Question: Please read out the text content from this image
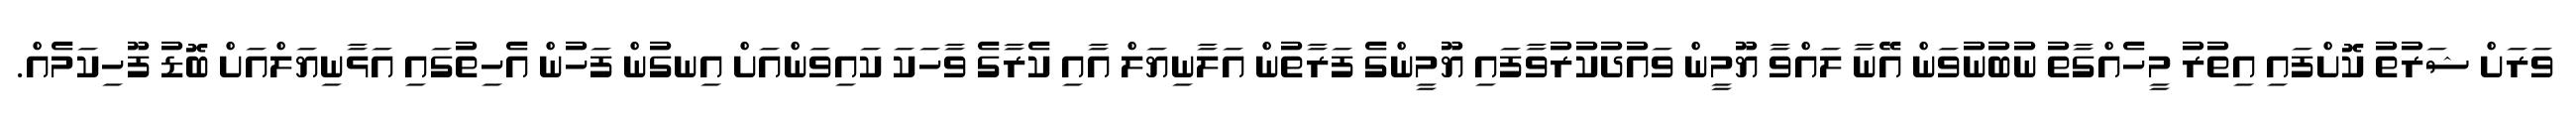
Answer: ވަރަށް ޝަރުތު ކޮށްފައި އިތުރު މީހެއްގާތު ނުބުނުވަން އޭނާ ލައްވާ ޔޫމީން ވައުދުކުރުވާފައި ޔޫމީންގެ ފަރާތުން އަލާނިޔަލް އާއި ކެރާގެ ވާހަކަ ކައިވަންއަށް އިނގުން ފަހުން އެހިތުގައި އަޅާނިޔަލްއަށް ބޮޑު ފޫހިކަމެއް.